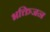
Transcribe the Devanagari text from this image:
भक्तिजन